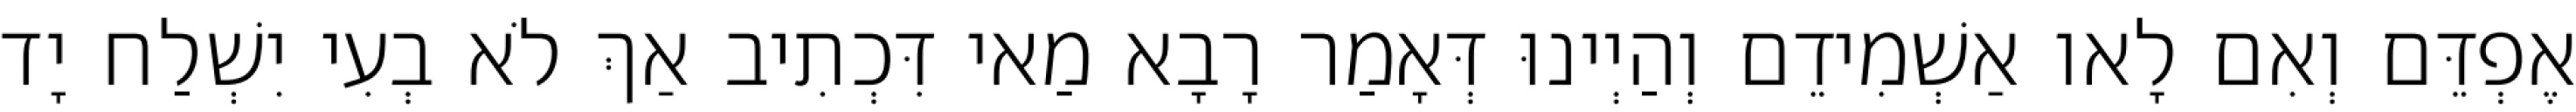
אֶפְדֵּם וְאִם לָאו אַשְׁמִידֵם וְהַיְינוּ דְּאָמַר רָבָא מַאי דִּכְתִיב אַךְ לֹא בְעִי יִשְׁלַח יָד